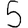
Digit: 5